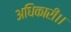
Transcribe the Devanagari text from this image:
अधिकारी।।